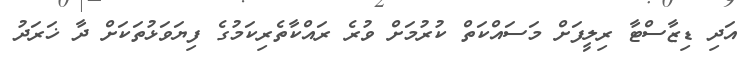
އަދި ޑިޒާސްޓާ ރިލީފަށް މަސައްކަތް ކުރުމަށް ވުރެ ރައްކާތެރިކަމުގެ ފިޔަވަޅުތަކަށް ދާ ޚަރަދު